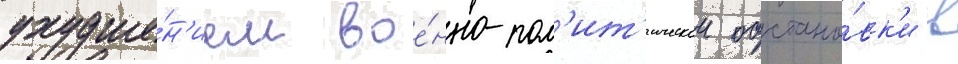
ухудше́н'ием вое́нно-пол'ит'ическои обстано́вк'и в